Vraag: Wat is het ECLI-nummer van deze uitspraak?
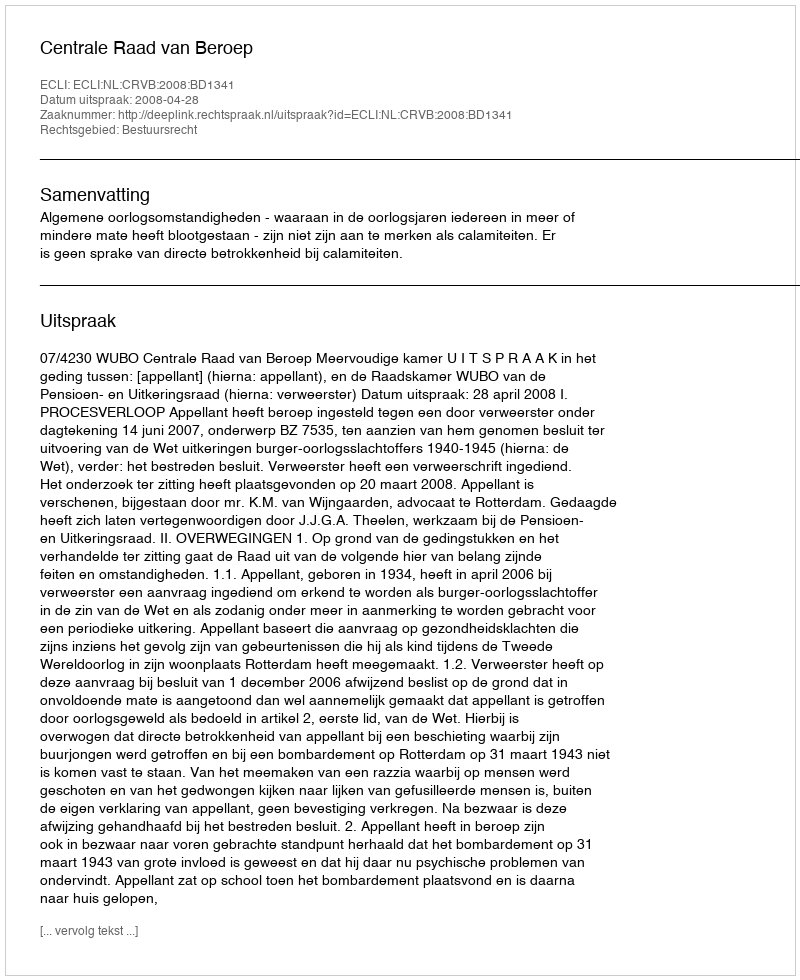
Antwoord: ECLI:NL:CRVB:2008:BD1341